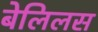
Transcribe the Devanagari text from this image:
बेलिलस